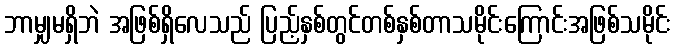
ဘာမျှမရှိဘဲ အဖြစ်ရှိလေသည် ပြည့်နှစ်တွင်တစ်နှစ်တာသမိုင်းကြောင်းအဖြစ်သမိုင်း